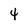
Character: 4